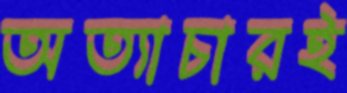
অত্যাচারই